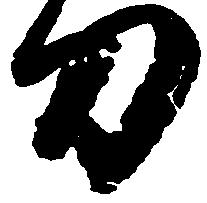
刀